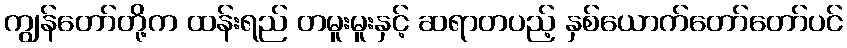
ကျွန်တော်တို့က ထန်းရည် တမူးမူးနှင့် ဆရာတပည့် နှစ်ယောက်တော်တော်ပင်